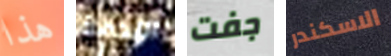
هذا اللكمة جفت الاسكندر